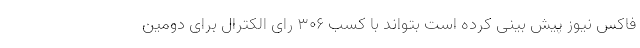
فاکس نیوز پیش بینی کرده است بتواند با کسب ۳۰۶ رای الکترال برای دومین